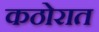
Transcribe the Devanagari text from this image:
कठोरात